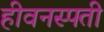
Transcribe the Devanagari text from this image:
हीवनस्पती